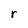
Character: r